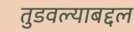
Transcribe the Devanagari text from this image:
तुडवल्याबद्दल